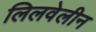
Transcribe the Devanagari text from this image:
लिलवेलीन